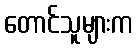
တောင်သူများက